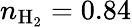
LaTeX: n_{\mathrm{H_{2}}}=0.84